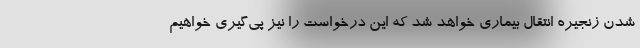
شدن زنجیره انتقال بیماری خواهد شد که این درخواست را نیز پی‌گیری خواهیم